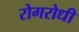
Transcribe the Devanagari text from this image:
रोगरोधी